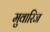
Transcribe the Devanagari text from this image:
मुवारिज